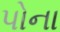
પોના